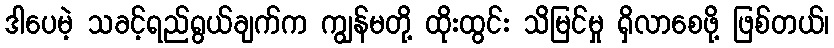
ဒါပေမဲ့ သခင့်ရည်ရွယ်ချက်က ကျွန်မတို့ ထိုးထွင်း သိမြင်မှု ရှိလာစေဖို့ ဖြစ်တယ်၊